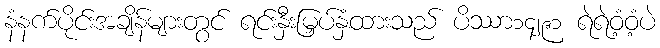
နံနက်ပိုင်းအချိန်များတွင် ရင်းနှီးမြှပ်နှံထားသည် ပိဿာ၁၄၂၉၁ ရဲရဲဝံ့ဝံ့ပဲ